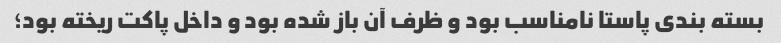
بسته بندی پاستا نامناسب بود و ظرف آن باز شده بود و داخل پاکت ریخته بود؛